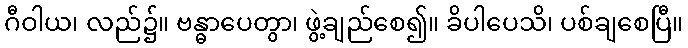
ဂီဝါယ၊ လည်၌။ ဗန္ဓာပေတွာ၊ ဖွဲ့ချည်စေ၍။ ခိပါပေသိ၊ ပစ်ချစေပြီ။